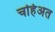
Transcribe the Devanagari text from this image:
चहिअत